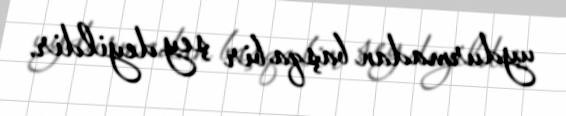
uydurmadan başqa bir şey deyildir.